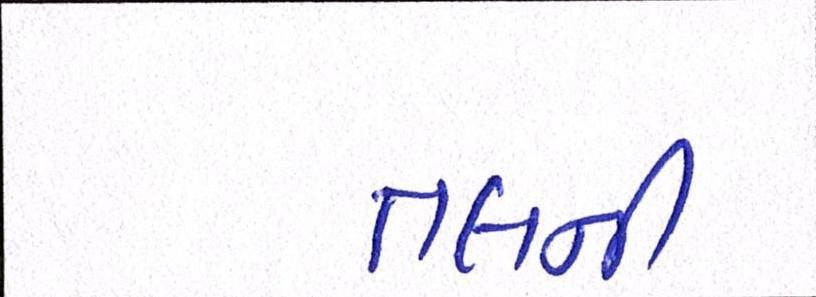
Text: તલની